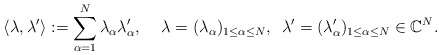
\begin{align*}\langle \lambda, \lambda' \rangle := \sum_{\alpha=1}^N \lambda_{\alpha} \lambda'_{\alpha}, \quad \, \lambda=(\lambda_{\alpha})_{1 \le \alpha \le N}, \,\,\, \lambda'=(\lambda'_{\alpha})_{1 \le \alpha \le N} \in \mathbb{C}^N. \end{align*}